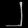
Digit: ၂